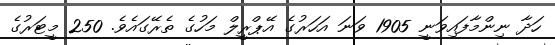
ހަދާ ނިންމާފައިވަނީ 1905 ވަނަ އަހަރުގެ އޭޕްރީލް މަހުގެ ތެރޭގައެވެ. 250 މީޓަރުގެ